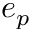
e _ { p }